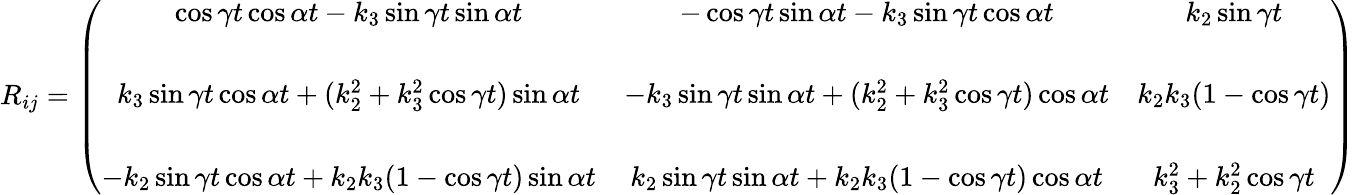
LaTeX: \begin{array}{r}{R_{ij}=\left(\begin{array}{ccc}{\cos\gamma t\cos\alpha t-k_{3}\sin\gamma t\sin\alpha t}&{-\cos\gamma t\sin\alpha t-k_{3}\sin\gamma t\cos\alpha t}&{k_{2}\sin\gamma t}\\ {{}}&{{}}&{{}}\\ {k_{3}\sin\gamma t\cos\alpha t+(k_{2}^{2}+k_{3}^{2}\cos\gamma t)\sin\alpha t}&{-k_{3}\sin\gamma t\sin\alpha t+(k_{2}^{2}+k_{3}^{2}\cos\gamma t)\cos\alpha t}&{k_{2}k_{3}(1-\cos\gamma t)}\\ {{}}&{{}}&{{}}\\ {-k_{2}\sin\gamma t\cos\alpha t+k_{2}k_{3}(1-\cos\gamma t)\sin\alpha t}&{k_{2}\sin\gamma t\sin\alpha t+k_{2}k_{3}(1-\cos\gamma t)\cos\alpha t}&{k_{3}^{2}+k_{2}^{2}\cos\gamma t}\end{array}\right)}\end{array}